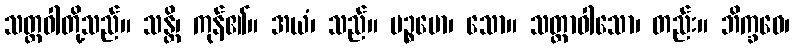
သတ္တဝါတို့သည်။ သန္တိ၊ ကုန်၏။ အယံ၊ သည်။ ပဉ္စမော၊ သော။ သတ္တာဝါသော၊ တည်း။ ဘိက္ခဝေ၊